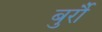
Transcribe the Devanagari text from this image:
बुर्रौ